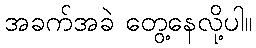
အခက်အခဲ တွေ့နေလို့ပါ။